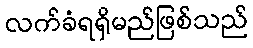
လက်ခံရရှိမည်ဖြစ်သည်